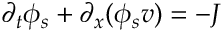
\partial _ { t } \phi _ { s } + \partial _ { x } ( \phi _ { s } v ) = - J